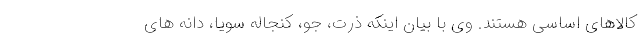
کالاهای اساسی هستند. وی با بیان اینکه ذرت، جو، کنجاله سویا، دانه های